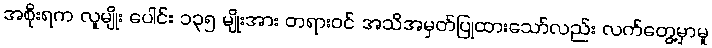
အစိုးရက လူမျိုး ပေါင်း ၁၃၅ မျိုးအား တရားဝင် အသိအမှတ်ပြုထားသော်လည်း လက်တွေ့မှာမူ